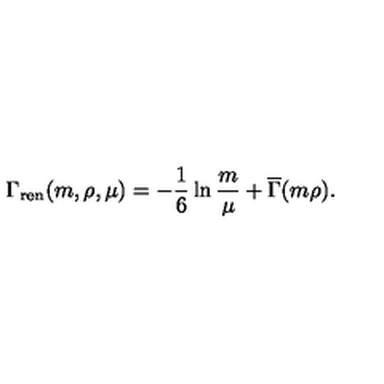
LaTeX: \Gamma _ { \mathrm { r e n } } ( m , \rho , \mu ) = - { \frac { 1 } { 6 } } \ln { \frac { m } { \mu } } + \overline { { \Gamma } } ( m \rho ) .